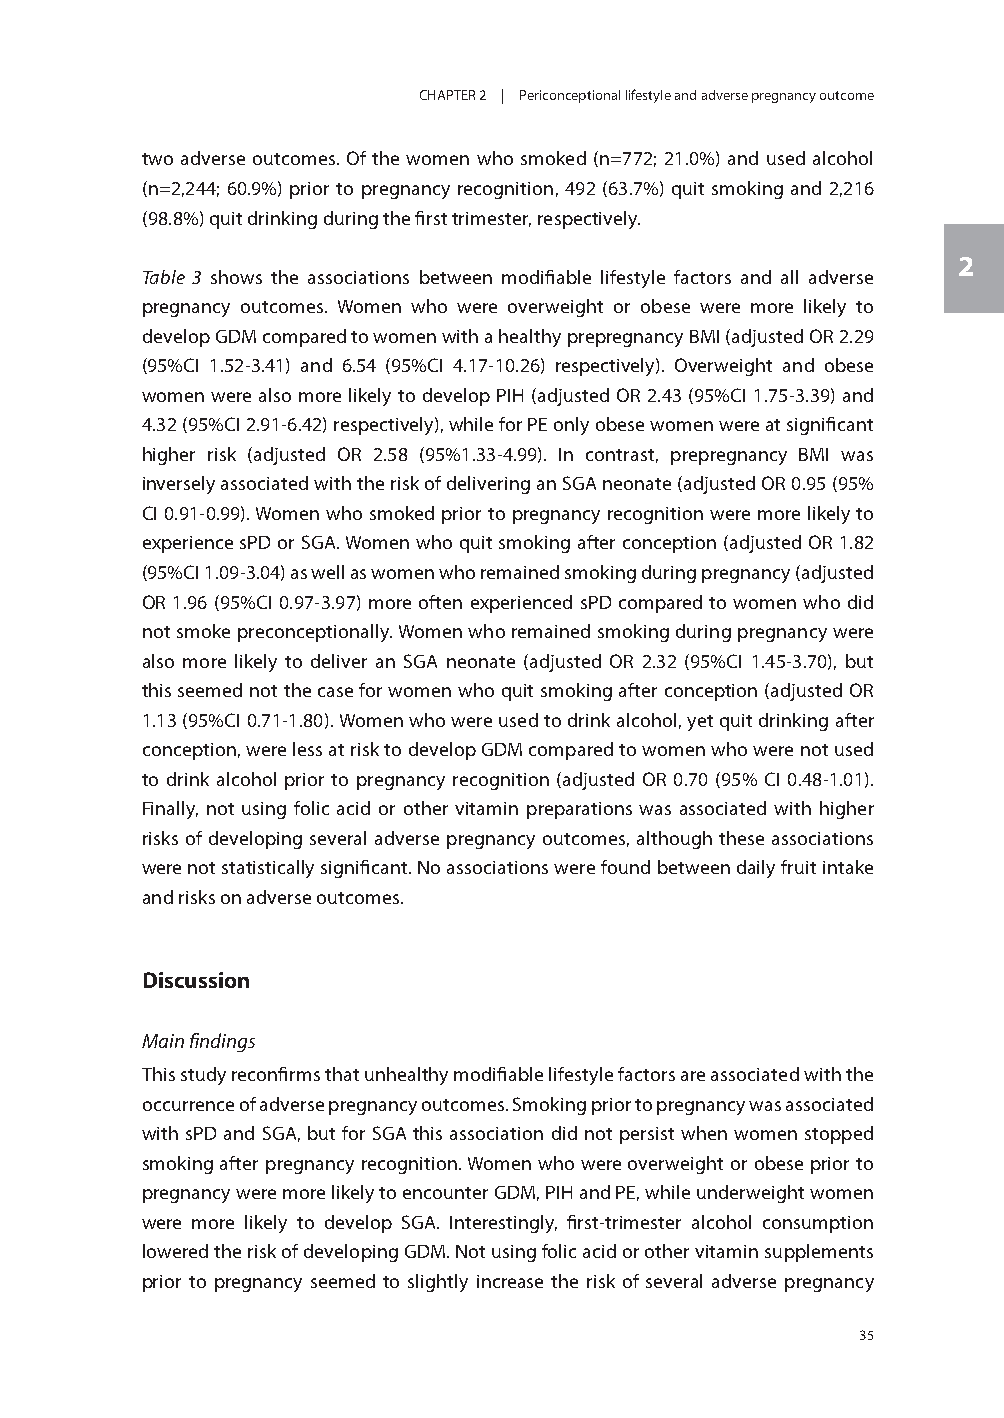
CHAPTER 2 | Periconceptional lifestyle and adverse pregnancy outcome
 two adverse outcomes. Of the women who smoked (n=772; 21.0%) and used alcohol
 (n=2,244; 60.9%) prior to pregnancy recognition, 492 (63.7%) quit smoking and 2,216
 (98.8%) quit drinking during the first trimester, respectively.
 2
 Table 3 shows the associations between modifiable lifestyle factors and all adverse
 pregnancy outcomes. Women who were overweight or obese were more likely to
 develop GDM compared to women with a healthy prepregnancy BMI (adjusted OR 2.29
 (95%CI 1.52-3.41) and 6.54 (95%CI 4.17-10.26) respectively). Overweight and obese
 women were also more likely to develop PIH (adjusted OR 2.43 (95%CI 1.75-3.39) and
 4.32 (95%CI 2.91-6.42) respectively), while for PE only obese women were at significant
 higher risk (adjusted OR 2.58 (95%1.33-4.99). In contrast, prepregnancy BMI was
 inversely associated with the risk of delivering an SGA neonate (adjusted OR 0.95 (95%
 CI 0.91-0.99). Women who smoked prior to pregnancy recognition were more likely to
 experience sPD or SGA. Women who quit smoking after conception (adjusted OR 1.82
 (95%CI 1.09-3.04) as well as women who remained smoking during pregnancy (adjusted
 OR 1.96 (95%CI 0.97-3.97) more often experienced sPD compared to women who did
 not smoke preconceptionally. Women who remained smoking during pregnancy were
 also more likely to deliver an SGA neonate (adjusted OR 2.32 (95%CI 1.45-3.70), but
 this seemed not the case for women who quit smoking after conception (adjusted OR
 1.13 (95%CI 0.71-1.80). Women who were used to drink alcohol, yet quit drinking after
 conception, were less at risk to develop GDM compared to women who were not used
 to drink alcohol prior to pregnancy recognition (adjusted OR 0.70 (95% CI 0.48-1.01).
 Finally, not using folic acid or other vitamin preparations was associated with higher
 risks of developing several adverse pregnancy outcomes, although these associations
 were not statistically significant. No associations were found between daily fruit intake
 and risks on adverse outcomes.
 Discussion
 Main findings
 This study reconfirms that unhealthy modifiable lifestyle factors are associated with the
 occurrence of adverse pregnancy outcomes. Smoking prior to pregnancy was associated
 with sPD and SGA, but for SGA this association did not persist when women stopped
 smoking after pregnancy recognition. Women who were overweight or obese prior to
 pregnancy were more likely to encounter GDM, PIH and PE, while underweight women
 were more likely to develop SGA. Interestingly, first-trimester alcohol consumption
 lowered the risk of developing GDM. Not using folic acid or other vitamin supplements
 prior to pregnancy seemed to slightly increase the risk of several adverse pregnancy
 35